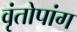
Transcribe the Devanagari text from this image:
वृंतोपांग